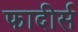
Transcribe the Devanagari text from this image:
फादीर्स